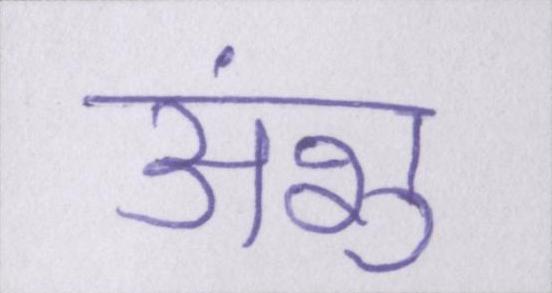
अंशु